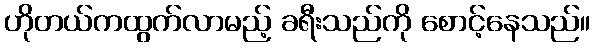
ဟိုတယ်ကထွက်လာမည့် ခရီးသည်ကို စောင့်နေသည်။